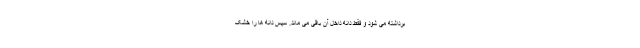
برداشته می شود و فقط دانه داخل آن باقی می ماند. سپس دانه ها را خشک